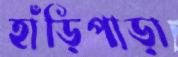
হাঁড়িপাড়া